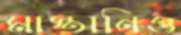
মাস্তানিও